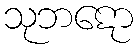
သုဘဋော